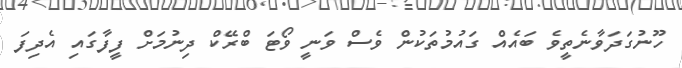
ހޫނުގަދަވާނެތީވެ ބައެއް ގައުމުތަކުން ވެސް ވަނީ ވޯޓަ ބްރޭކް ދިނުމަށް ފީފާގައި އެދިފަ